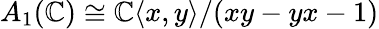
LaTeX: A_{1}(\mathbb{C})\cong\mathbb{C}\langle x,y\rangle/(xy-yx-1)